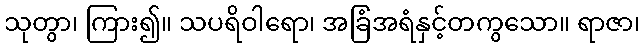
သုတွာ၊ ကြား၍။ သပရိဝါရော၊ အခြံအရံနှင့်တကွသော။ ရာဇာ၊